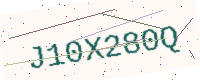
Text: J10X280Q